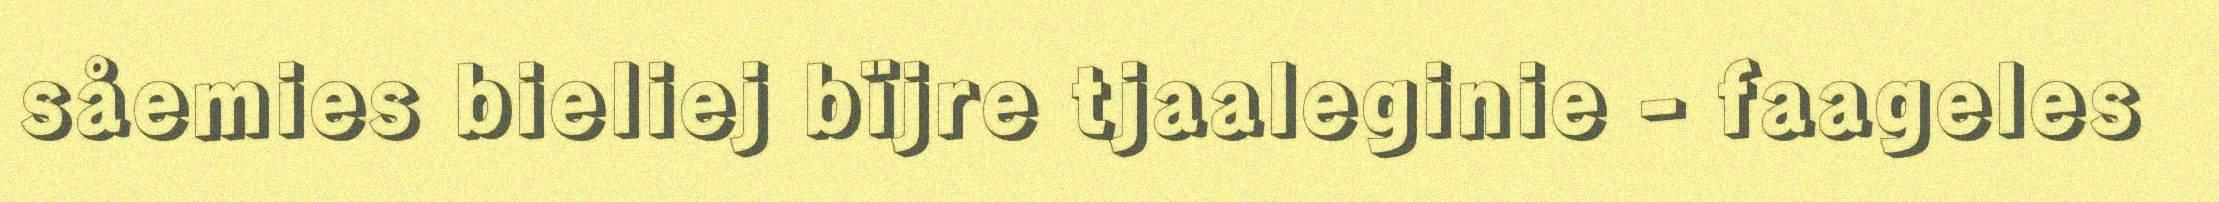
såemies bieliej bïjre tjaaleginie - faageles